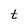
Character: t